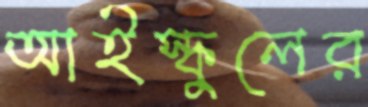
আইস্কুলের